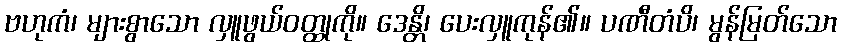
ဗဟုကံ၊ များစွာသော လှူဖွယ်ဝတ္ထုကို။ ဒေန္တိ၊ ပေးလှူကုန်၏။ ပဏီတံပိ၊ မွန်မြတ်သော